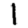
Digit: 1